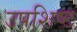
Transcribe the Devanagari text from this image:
उपशिष्ट